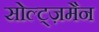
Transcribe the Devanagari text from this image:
सोल्ट्ज़मैन